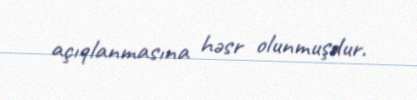
açıqlanmasına həsr olunmuşdur.